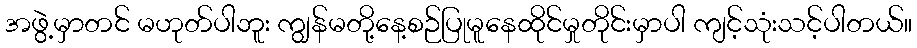
အဖွဲ့မှာတင် မဟုတ်ပါဘူး ကျွန်မတို့နေ့စဉ်ပြုမူနေထိုင်မှုတိုင်းမှာပါ ကျင့်သုံးသင့်ပါတယ်။